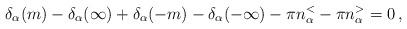
LaTeX: \begin{align*}\delta_\alpha(m) - \delta_\alpha(\infty) + \delta_\alpha(-m)- \delta_\alpha(-\infty) - \pi n_\alpha^< - \pi n_\alpha^> = 0\, ,\end{align*}